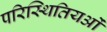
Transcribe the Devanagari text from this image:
परिस्थितियओं